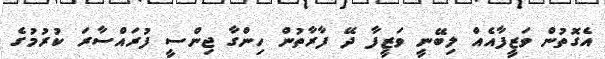
އެގޮތުން ވަޒީފާއެއް ލިބޭނީ ވަޒީފާ ދޭ ފާރާތުން ހިންގާ ޖިންސީ ފުރައްސާރަ ކުރުމުގެ